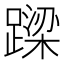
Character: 𨄈